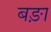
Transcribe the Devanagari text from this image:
बङ़ा